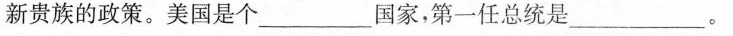
新贵族的政策。美国是个___国家，第一任总统是___。